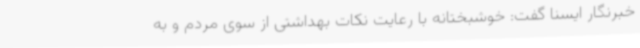
خبرنگار ایسنا گفت: خوشبختانه با رعایت نکات بهداشتی از سوی مردم و به